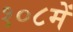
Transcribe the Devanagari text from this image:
१०८में